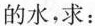
的水，求：